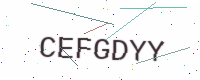
Text: CEFGDYY